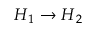
\boldsymbol { H } _ { 1 } \to \boldsymbol { H } _ { 2 }